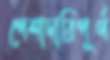
পেশাদারিপূর্ণ